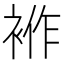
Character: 𧚙